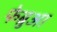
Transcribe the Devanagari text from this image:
फेब्रुआ